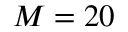
M = 2 0